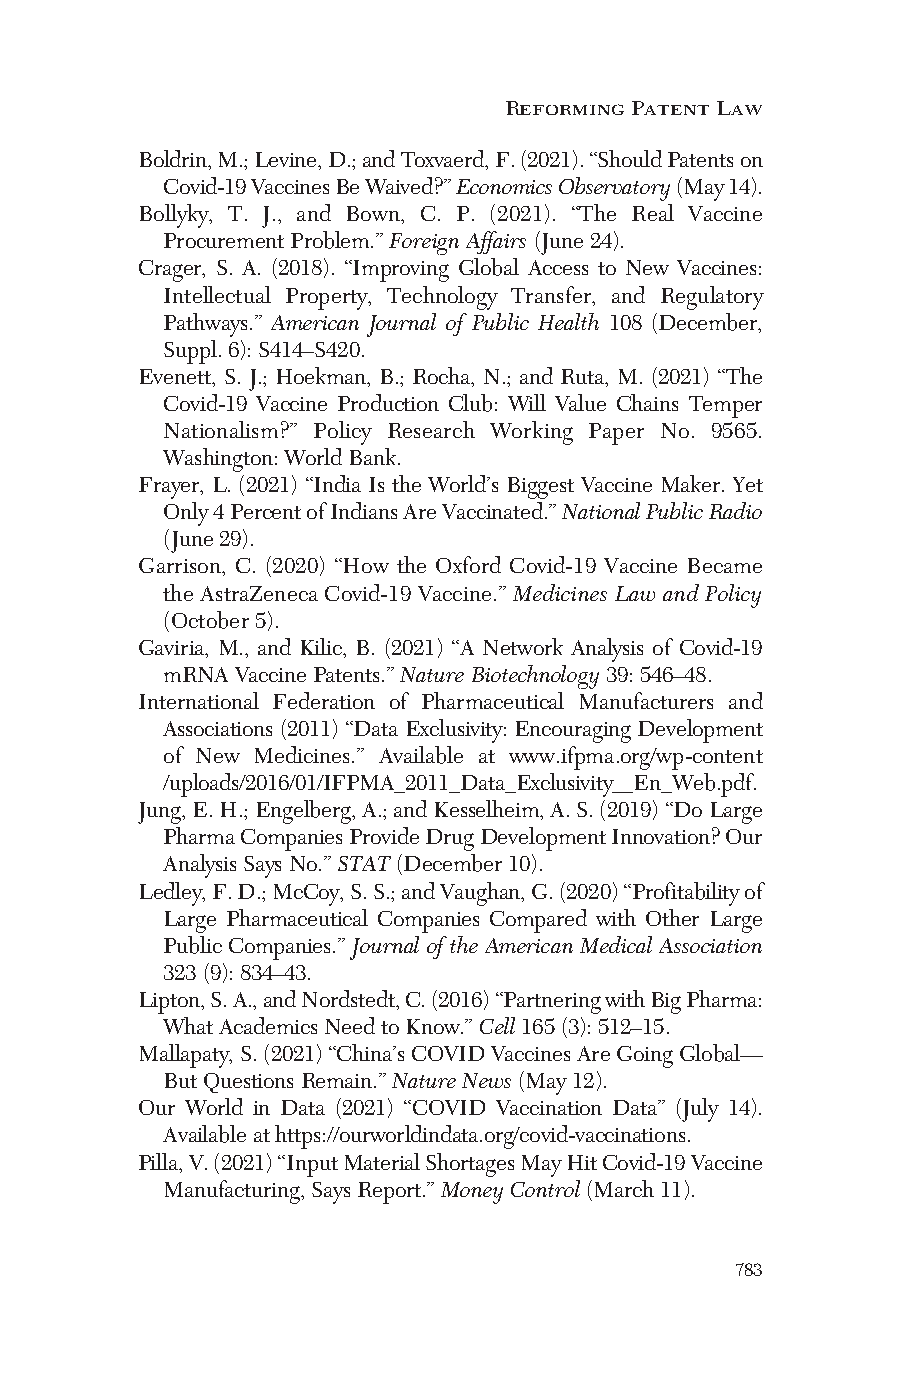
Reforming Patent Law
 Boldrin,M.;Levine,D.;andToxvaerd,F.(2021).“ShouldPatentson
 Covid-19VaccinesBeWaived?”EconomicsObservatory(May14).
 Bollyky, T. J., and Bown, C. P. (2021). “The Real Vaccine
 ProcurementProblem.”ForeignAffairs(June24).
 Crager, S. A. (2018). “Improving Global Access to New Vaccines:
 Intellectual Property, Technology Transfer, and Regulatory
 Pathways.” American Journal of Public Health 108 (December,
 Suppl.6):S414–S420.
 Evenett, S. J.; Hoekman, B.; Rocha, N.; and Ruta, M. (2021) “The
 Covid-19 Vaccine Production Club: Will Value Chains Temper
 Nationalism?” Policy Research Working Paper No. 9565.
 Washington:WorldBank.
 Frayer, L. (2021) “India Is the World’s Biggest Vaccine Maker. Yet
 Only4PercentofIndiansAreVaccinated.”NationalPublicRadio
 (June29).
 Garrison, C. (2020) “How the Oxford Covid-19 Vaccine Became
 the AstraZeneca Covid-19 Vaccine.” Medicines Law and Policy
 (October 5).
 Gaviria, M., and Kilic, B. (2021) “A Network Analysis of Covid-19
 mRNAVaccinePatents.”NatureBiotechnology39:546–48.
 International Federation of Pharmaceutical Manufacturers and
 Associations (2011) “Data Exclusivity: Encouraging Development
 of New Medicines.” Available at www.ifpma.org/wp-content
 /uploads/2016/01/IFPMA_2011_Data_Exclusivity__En_Web.pdf.
 Jung,E.H.;Engelberg,A.;andKesselheim,A.S.(2019)“DoLarge
 PharmaCompaniesProvideDrugDevelopmentInnovation?Our
 AnalysisSaysNo.”STAT(December10).
 Ledley,F.D.;McCoy,S.S.;andVaughan,G.(2020)“Profitabilityof
 Large Pharmaceutical Companies Compared with Other Large
 PublicCompanies.”JournaloftheAmericanMedicalAssociation
 323(9):834–43.
 Lipton,S.A.,andNordstedt,C.(2016)“PartneringwithBigPharma:
 WhatAcademicsNeedtoKnow.”Cell165(3):512–15.
 Mallapaty,S.(2021)“China’sCOVIDVaccinesAreGoingGlobal—
 ButQuestionsRemain.”NatureNews(May12).
 Our World in Data (2021) “COVID Vaccination Data” (July 14).
 Availableathttps://ourworldindata.org/covid-vaccinations.
 Pilla,V.(2021)“InputMaterialShortagesMayHitCovid-19Vaccine
 Manufacturing,SaysReport.”MoneyControl(March11).
 783